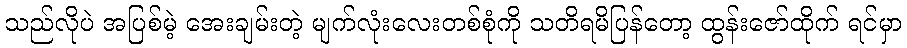
သည်လိုပဲ အပြစ်မဲ့ အေးချမ်းတဲ့ မျက်လုံးလေးတစ်စုံကို သတိရမိပြန်တော့ ထွန်းဇော်ထိုက် ရင်မှာ